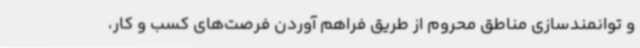
و توانمندسازی مناطق محروم از طریق فراهم آوردن فرصت‌های کسب و کار،